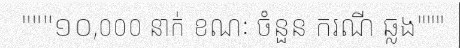
"""១០,០០០ នាក់ ខណៈ ចំនួន ករណី ឆ្លង"""